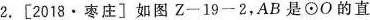
2. [2018 · 枣庄] 如图Z一19一2，AB是\odot O的直